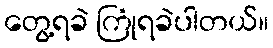
တွေ့ရခဲ ကြုံရခဲပါတယ်။